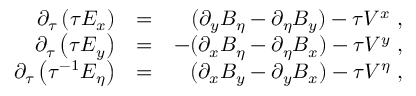
\begin{array} { r l r } { \partial _ { \tau } \left( \tau E _ { x } \right) } & { = } & { ( \partial _ { y } B _ { \eta } - \partial _ { \eta } B _ { y } ) - \tau V ^ { x } \; , } \\ { \partial _ { \tau } \left( \tau E _ { y } \right) } & { = } & { - ( \partial _ { x } B _ { \eta } - \partial _ { \eta } B _ { x } ) - \tau V ^ { y } \; , } \\ { \partial _ { \tau } \left( \tau ^ { - 1 } E _ { \eta } \right) } & { = } & { ( \partial _ { x } B _ { y } - \partial _ { y } B _ { x } ) - \tau V ^ { \eta } \; , } \end{array}